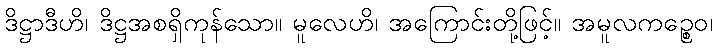
ဒိဋ္ဌာဒီဟိ၊ ဒိဋ္ဌအစရှိကုန်သော။ မူလေဟိ၊ အကြောင်းတို့ဖြင့်။ အမူလကဉ္စေဝ၊